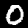
Label: 0